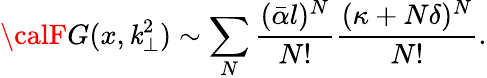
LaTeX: {\calF}G(x,\mathit{k}_{\perp}^{2})\sim\sum_{N}\frac{{(\bar{{\alpha}}l)^{N}}}{{N!}}\frac{{(\kappa+N\delta)^{N}}}{{N!}}.